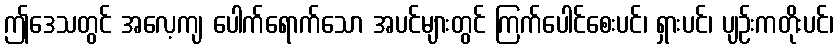
ဤဒေသတွင် အလေ့ကျ ပေါက်ရောက်သော အပင်များတွင် ကြက်ပေါင်စေးပင်၊ ရှားပင်၊ ပျဉ်းကတိုးပင်၊